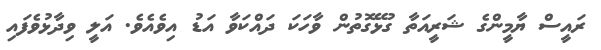
ރައީސް ޔާމީންގެ ޝަރީއަތާ ގުޅޭގޮތުން ވާހަކަ ދައްކަވާ އަޑު އިވެއެވެ. އަލީ ވިދާޅުވެފައި